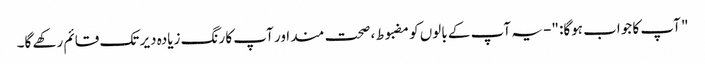
" آپ کا جواب ہوگا: "- یہ آپ کے بالوں کو مضبوط ، صحت مند اور آپ کا رنگ زیادہ دیر تک قائم رکھے گا۔